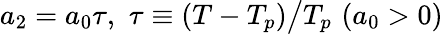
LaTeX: a_{2}=a_{0}\tau,\, \, \tau\equiv(T-T_{p})\big/T_{p}\, \, (a_{0}>0)